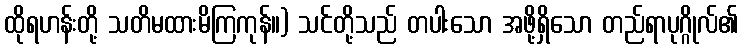
ထိုရဟန်းတို့ သတိမထားမိကြကုန်။) သင်တို့သည် တပါးသော အဖို့ရှိသော တည်ရာပုဂ္ဂိုလ်၏